Civil Veterinary Dept. Bombay admin report 1907-1913 - 1907-1913
Year: 1907
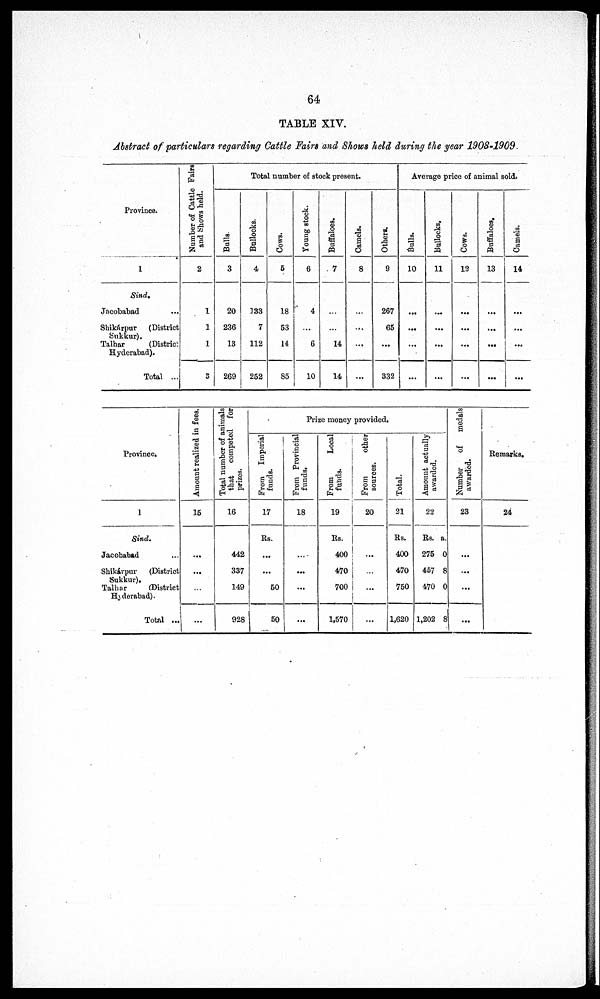
64
TABLE XIV.
Abstract of particulars regarding Cattle Fairs and Shows held during the year 1908-1909.
Province.
1
Sind.
Jacobabad ...
Shikárpur
(District
Sukkur).
Talhar
(Distric
Hyderabad).
Total ...
Number of Cattle Fairs
and Shows held.
2
1
1
1
3
Total number of stock present.
Bulls.
3
20
236
13
269
Bullocks.
4
133
7
112
252
Cows.
5
18
53
14
85
Young stock.
6
4
...
6
10
Buffaloes.
7
...
...
14
14
Camels.
8
...
...
...
...
Others.
9
267
65
...
332
Average price of animal sold.
Bulls.
10
...
...
...
...
Bullocks.
11
...
...
...
...
Cows.
12
...
...
...
...
Buffaloes.
13
...
...
...
...
Camels.
14
...
...
...
...
Province.
1
Sind.
Jacobabad
Shikárpur
(District
Sukkur).
Talhar
(District
Hyderabad).
Total ...
Amount realized in fees.
15
...
...
...
...
Total number of animals
that
competed for
prizes.
16
442
337
149
928
Prize money provided
From
Imperial
funds.
17
Rs.
...
...
50
50
From Provincial
funds.
18
...
...
...
...
From
Local
funds.
19
Rs.
400
470
700
1,570
From
other
sources.
20
...
...
...
...
Total.
21
Rs.
400
470
750
1,620
Amo u n t actually
awarded.
22
Rs.
275
467
470
1,202
a.
0
8
0
8
Number of
medals
awarded.
23
...
...
...
...
Remarks.
24